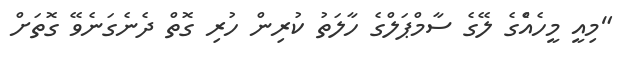
"މިއީ މީހެއްެގެ ލޭގެ ސާމްޕަލްގެ ހާލަތު ކުރިން ހުރި ގޮތް ދެނެގަނެވޭ ގޮތަށް